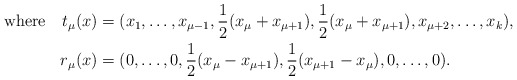
\begin{align*}\mbox{where}&& t_\mu(x) & = (x_1,\ldots,x_{\mu-1}, \frac{1}{2}(x_\mu + x_{\mu+1}), \frac{1}{2}(x_\mu + x_{\mu+1}), x_{\mu+2},\ldots,x_k), \\&& r_\mu(x) & = (0,\ldots,0,\frac{1}{2}(x_\mu-x_{\mu+1}),\frac{1}{2}(x_{\mu+1}-x_\mu),0,\ldots,0).\end{align*}